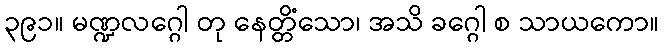
၃၉၁။ မဏ္ဍလဂ္ဂေါ တု နေတ္တိံသော၊ အသိ ခဂ္ဂေါ စ သာယကော။